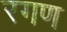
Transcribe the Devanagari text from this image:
रगण